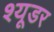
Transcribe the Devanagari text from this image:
श्यूडर